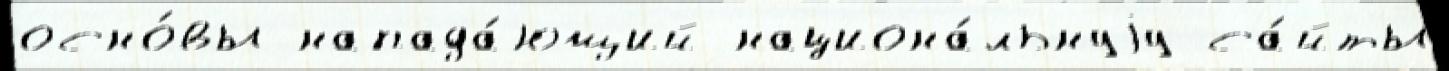
осно́вы напада́ющий национа́льнуjу са́йты